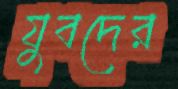
যুবদের